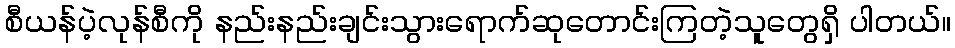
စီယန်ပဲ့လုန်စီကို နည်းနည်းချင်းသွားရောက်ဆုတောင်းကြတဲ့သူတွေရှိ ပါတယ်။